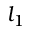
l _ { 1 }